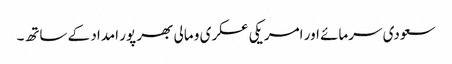
سعودی سرمائے اور امریکی عسکری و مالی بھر پور امداد کے ساتھ۔